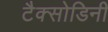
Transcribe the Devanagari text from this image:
टैक्सोडिनी